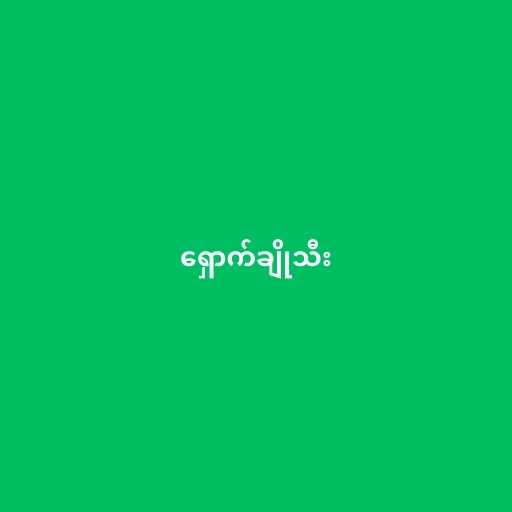
ရှောက်ချိုသီး